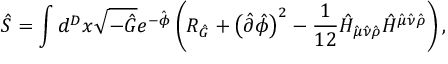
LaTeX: \hat { S } = \int d ^ { D } x \sqrt { - \hat { G } } e ^ { - \hat { \phi } } \left( R _ { \hat { G } } + \left( \hat { \partial } \hat { \phi } \right) ^ { 2 } - \frac { 1 } { 1 2 } \hat { H } _ { \hat { \mu } \hat { \nu } \hat { \rho } } \hat { H } ^ { \hat { \mu } \hat { \nu } \hat { \rho } } \right) ,